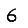
Digit: 6